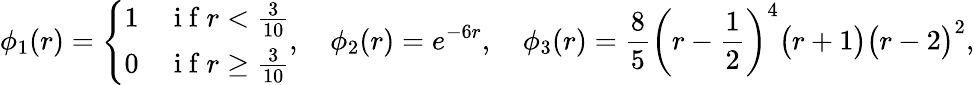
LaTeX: \phi_{1}(r)=\left\{ \begin{array}{ll}{1}&{\mathrm{~i~f~}r<\frac{3}{10}}\\ {0}&{\mathrm{~i~f~}r\geq\frac{3}{10}}\end{array}\right.,\quad\phi_{2}(r)=e^{-6r},\quad\phi_{3}(r)=\frac{8}{5}\bigg(r-\frac{1}{2}\bigg)^{4}\big(r+1\big)\big(r-2\big)^{2},